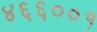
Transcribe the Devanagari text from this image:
४६६००१